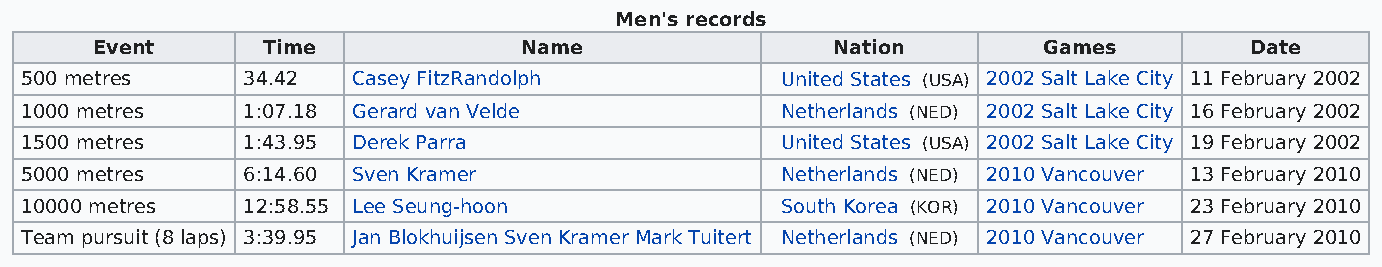
Men's records
 Event      Time             Name                 Nation        Games         Date
 500 metres     34.42  Casey FitzRandolph           United States (USA) 2002 Salt Lake City 11 February 2002
 1000 metres    1:07.18 Gerard van Velde            Netherlands (NED) 2002 Salt Lake City 16 February 2002
 1500 metres    1:43.95 Derek Parra                 United States (USA) 2002 Salt Lake City 19 February 2002
 5000 metres    6:14.60 Sven Kramer                 Netherlands (NED) 2010 Vancouver 13 February 2010
 10000 metres   12:58.55 Lee Seung-hoon             South Korea (KOR) 2010 Vancouver 23 February 2010
 Team pursuit (8 laps) 3:39.95 Jan Blokhuijsen Sven Kramer Mark Tuitert Netherlands (NED) 2010 Vancouver 27 February 2010